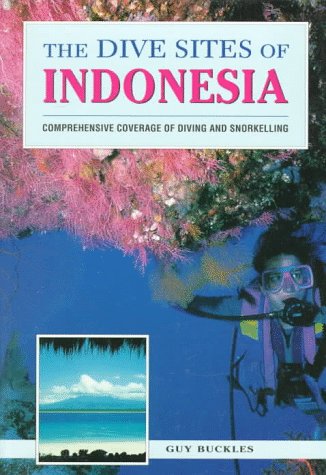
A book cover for The Dive Sites of Indonesia; Guy Buckles; Sports & Outdoors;